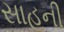
સાહની